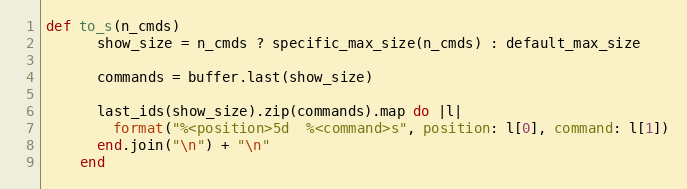
Language: Ruby
def to_s(n_cmds)
      show_size = n_cmds ? specific_max_size(n_cmds) : default_max_size

      commands = buffer.last(show_size)

      last_ids(show_size).zip(commands).map do |l|
        format("%<position>5d  %<command>s", position: l[0], command: l[1])
      end.join("\n") + "\n"
    end